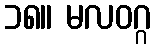
၁၈။ မလဝဂ္ဂ